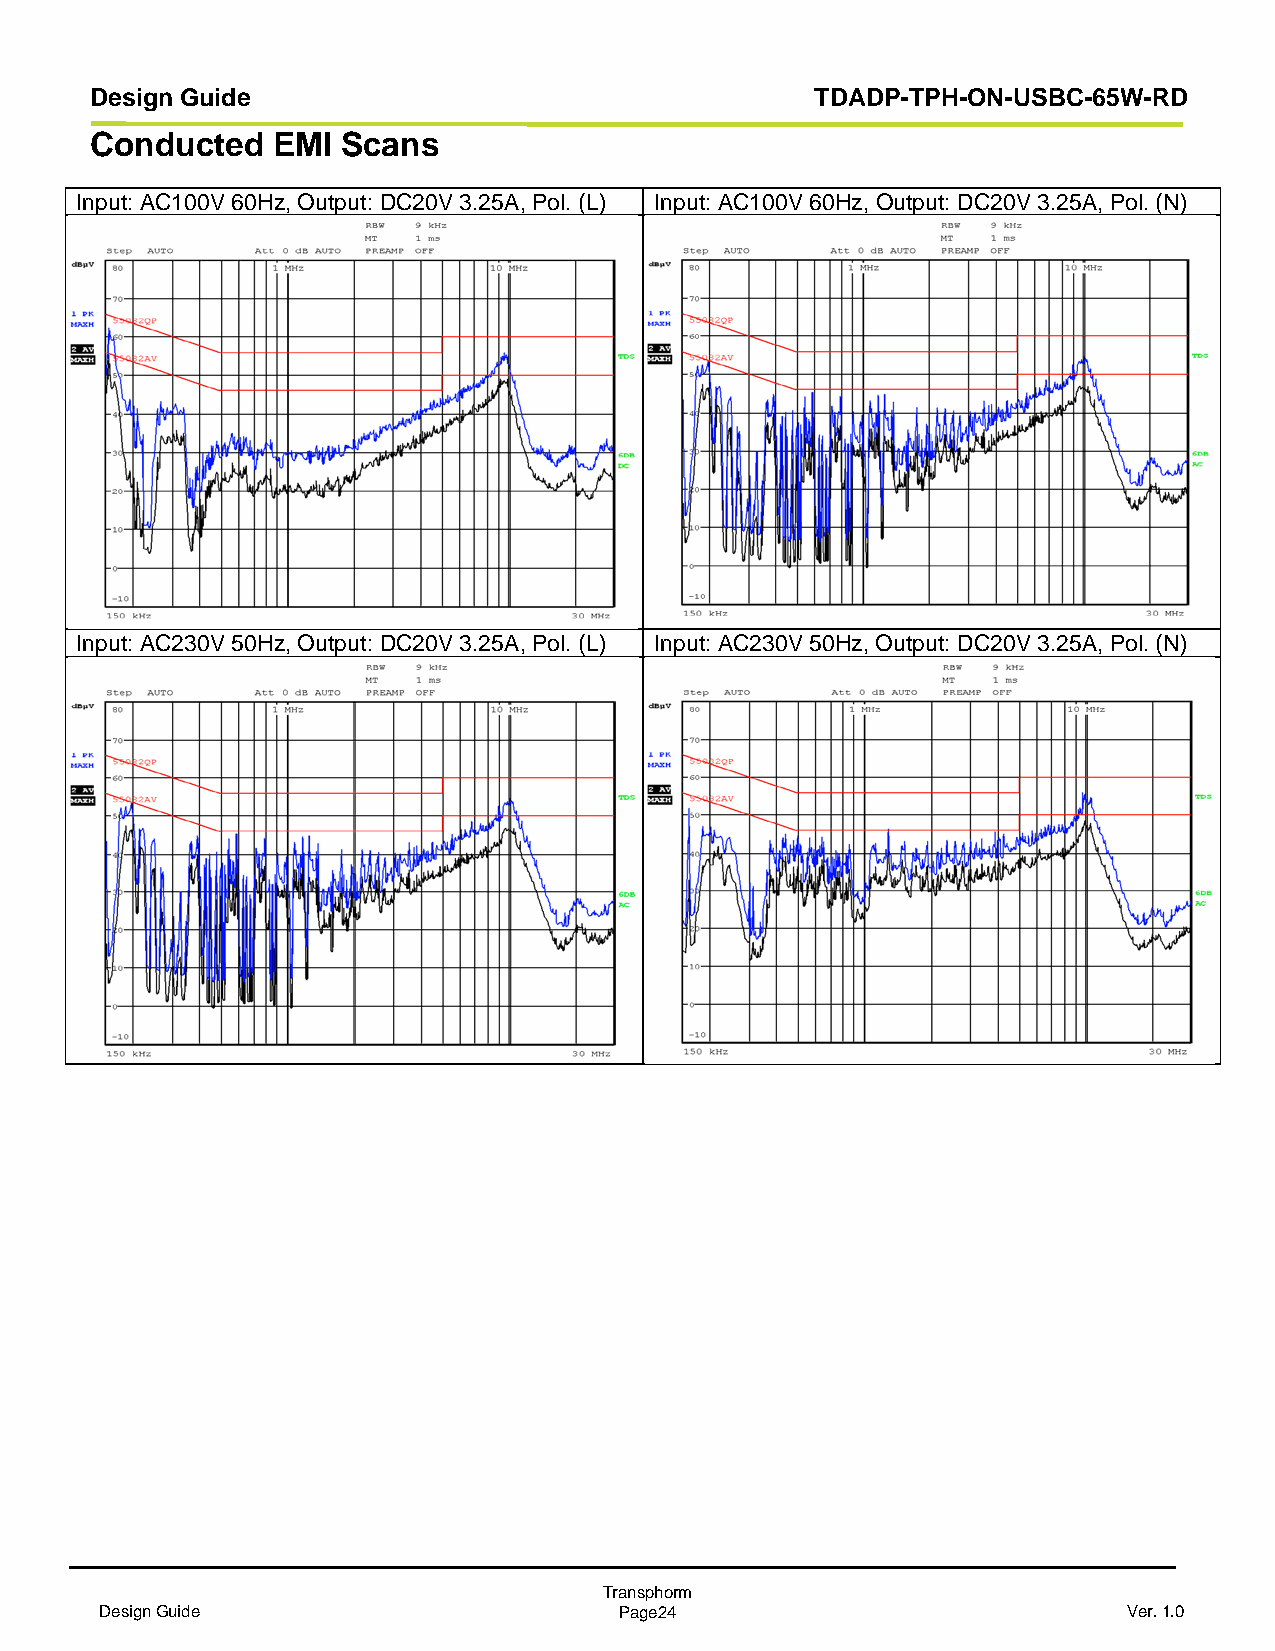
Design Guide                                    TDADP-TPH-ON-USBC-65W-RD
 Conducted   EMI  Scans
 Input: AC100V 60Hz, Output: DC20V 3.25A, Pol. (L) Input: AC100V 60Hz, Output: DC20V 3.25A, Pol. (N)
 Input: AC230V 50Hz, Output: DC20V 3.25A, Pol. (L) Input: AC230V 50Hz, Output: DC20V 3.25A, Pol. (N)
 Transphorm
 Design Guide                      Page24                            Ver. 1.0